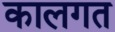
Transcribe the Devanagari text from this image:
कालगत